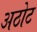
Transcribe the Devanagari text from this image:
अठोट